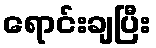
ရောင်းချပြီး